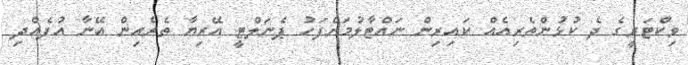
ވިކްޓަރީގެ ދެ ކުޅުންތެރިއެއް ކައިރިން ނައްޓާލުމަށްފަހު ޕެނަލްޓީ އޭރިޔާ ތެރެއިން އޭނާ އުފެއްދި